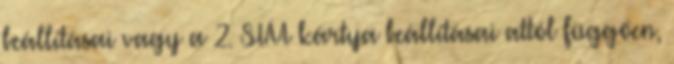
beállításai vagy a 2. SIM kártya beállításai attól függően,